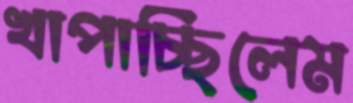
খাপাচ্ছিলেম